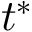
t ^ { * }